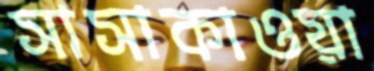
সাসাকাওয়া